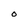
Character: O